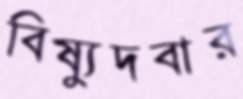
বিষ্যুদবার